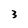
Character: 3